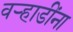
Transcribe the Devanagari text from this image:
वर्‍हाडींना